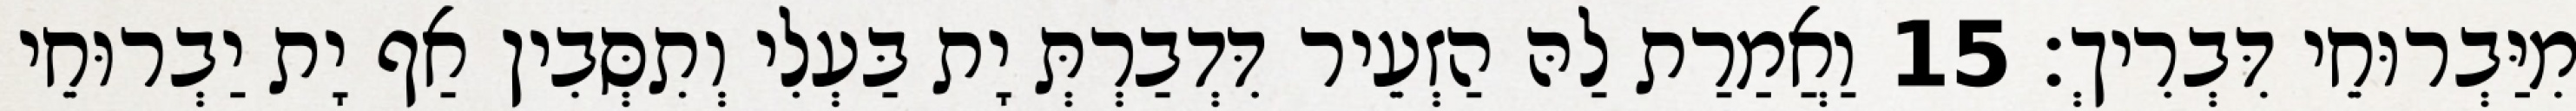
מִיַּבְרוּחֵי דִּבְרִיךְ׃ 15 וַאֲמַרַת לַהּ הַזְעֵיר דִּדְבַרְתְּ יָת בַּעְלִי וְתִסְּבִין אַף יָת יַבְרוּחֵי